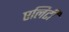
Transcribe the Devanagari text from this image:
एलिटी